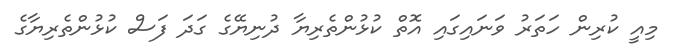
މިއީ ކުރިން ހަތަރު ވަނައިގައި އޮތް ކުޅުންތެރިޔާ ދުނިޔޭގެ ގަދަ ފަސް ކުޅުންތެރިޔާގެ